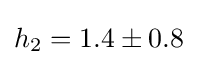
h_{2}=1.4\pm 0.8